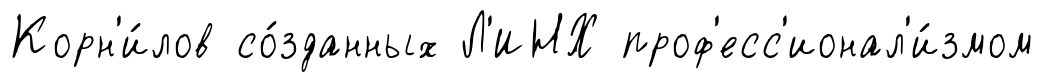
Корн'и́лов со́зданных Л'ИНХ проф'есс'ионал'и́змом